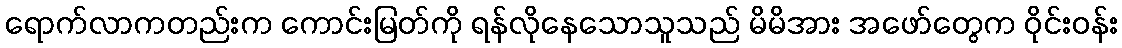
ရောက်လာကတည်းက ကောင်းမြတ်ကို ရန်လိုနေသောသူသည် မိမိအား အဖော်တွေက ဝိုင်းဝန်း